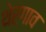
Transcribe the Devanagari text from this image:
थेरगाव